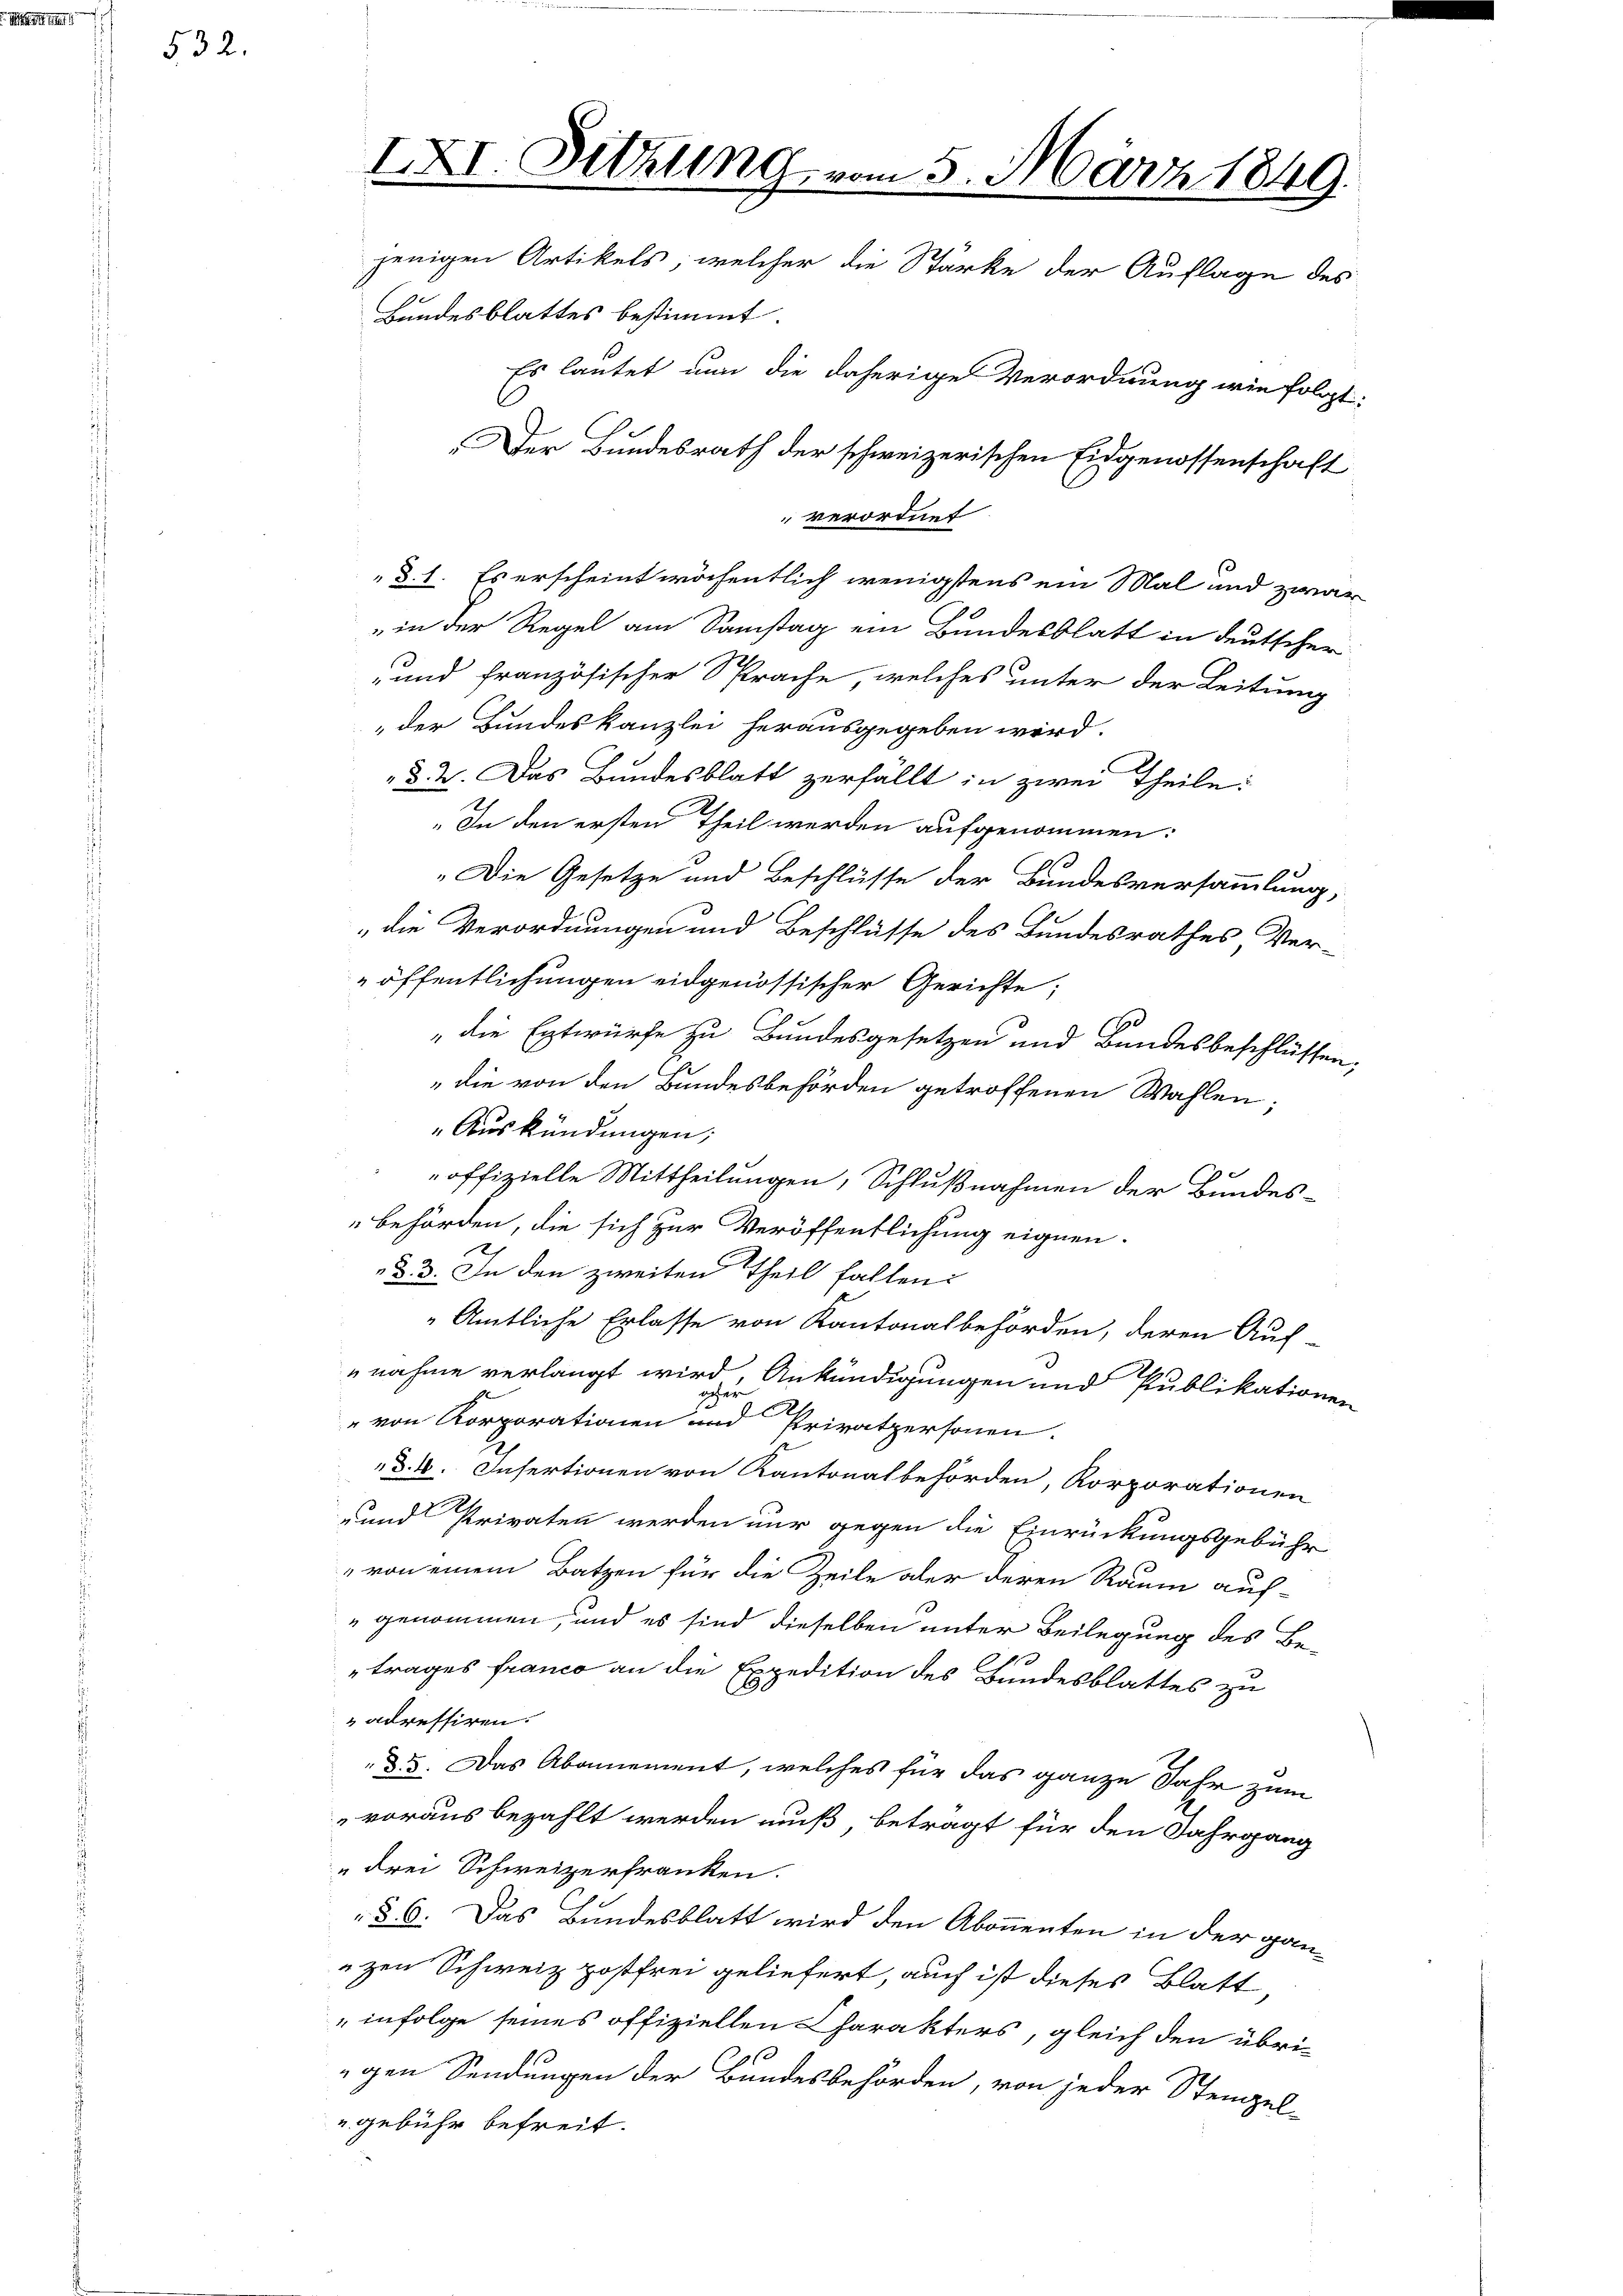
532.

Es lautet nun die daherige Verordnung wie folgt:
Der Bundesrath der schweizerischen Eidgenossenschaft
verordnet
§. 1. Es erscheint wöchentlich wenigstens ein Mal und zwar
in der Regel am Samstag ein Bundesblatt in deutscher
und französischer Sprache, welches unter der Leitung
der Bundeskanzlei herausgegeben wird.
§. 2. Das Bundesblatt zerfällt in zwei Theile:
„In den ersten Theil werden aufgenommen:
„Die Gesetze und Beschlüsse der Bundesversammlung,
die Verordnungen und Beschlüsse des Bundesrathes Ver-
öffentlichungen eidgenössischer Gerichte;
die Entwürfe zu Bundesgesetzen und Bundesbeschlüssen,
die von den Bundesbehörden getroffenen Wahlen;
Auskündungen;
offizielle Mittheilungen, Schlußnahmen der Bundesbehörden, die sich zur Veröffentlichung eignen.
d. 3. In den zweiten Theil fallen.
Amtliche Erlasse von Kantonalbehörden, deren Auf-
nahme verlangt wird, Ankündigungen und Publikationen
" von Korporationen und Privatpersonen.
§. 4. Infertionen von Kantonalbehörden, Korporationen
-und Privaten werden nur gegen die Einrückungsgebühr
von einem Batzen für die Zeile aber deren Raum auf-
" genommen, und es sind dieselben unter Beilegung des Betrages franco an die Expedition des Bundesblattes zu
adressiren.
d. 5. Das Abonnement, welches für das ganze Jahr zum
voraus bezahlt werden muß, beträgt für den Jahrgang
u drei Schweizerfranken.
§. 6. Das Bundesblatt wird den Abonnenten in der gan-
zen Schweiz postfrei geliefert, auch ist dieses Blatt
"infolge seines offiziellen Charakters, gleich den übri-
gen Sendungen der Bundesbehörden, von jeder Stempel-
" gebühr befreit.

IXI. Sitzung vom 5. März 1849.
jenigen Artikels, welcher die Stärke der Auflage des
1
Bundesblattes bestimmt.